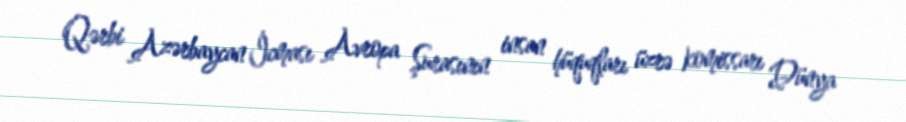
Qərbi Azərbaycan İcması Avropa Şurasının insan hüquqları üzrə komissarı Dünya